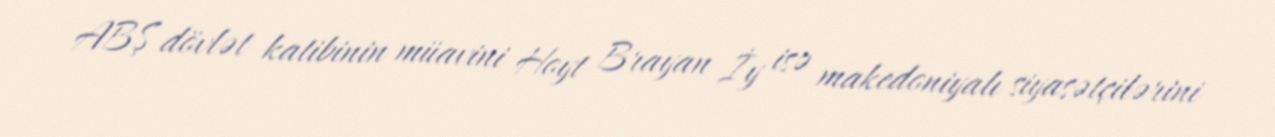
ABŞ dövlət katibinin müavini Hoyt Brayan İy isə makedoniyalı siyasətçilərini